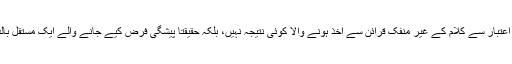
اس طرح زیر بحث موقف اپنی حقیقت کے اعتبار سے کلام کے غیر منفک قرائن سے اخذ ہونے والا کوئی نتیجہ نہیں، بلکہ حقیقتاً پیشگی فرض کیے جانے والے ایک مستقل بالذات عقلی مقدمے پر منحصر قرار پاتا ہے۔